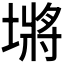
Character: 𪤖